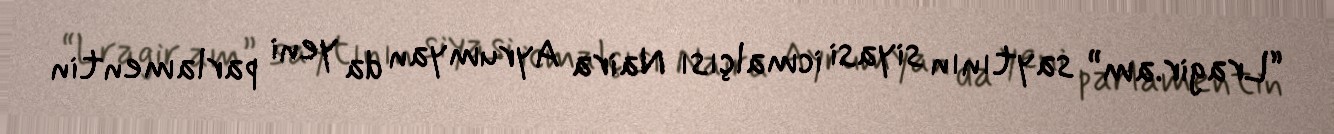
“Lragir.am” saytının siyasi icmalçısı Naira Ayrumyan da yeni parlamentin